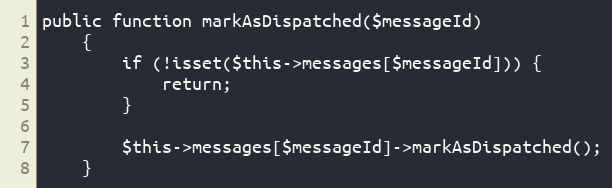
Language: PHP
public function markAsDispatched($messageId)
    {
        if (!isset($this->messages[$messageId])) {
            return;
        }

        $this->messages[$messageId]->markAsDispatched();
    }